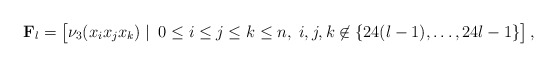
\begin{align*} \mathbf{F}_l = \begin{bmatrix} \nu_3(x_i x_j x_k) \;|\:\; 0 \le i \le j \le k \le n,\; i,j,k \not\in \{ 24(l-1), \ldots, 24l-1 \} \end{bmatrix},\end{align*}